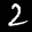
Digit: 2